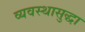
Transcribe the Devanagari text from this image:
व्यवस्थासुद्धा